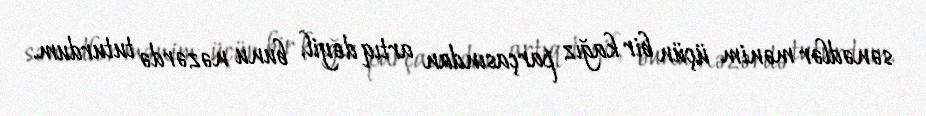
sənədlər mənim üçün bir kağız parçasından artıq deyil, bunu nəzərdə tuturdum.